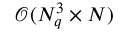
\mathcal { O } ( N _ { q } ^ { 3 } \times N )